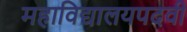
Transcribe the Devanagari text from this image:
महाविद्यालयपदवी